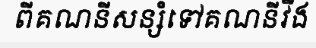
ពីគណនីសន្សំទៅគណនីវីង